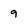
Character: 9